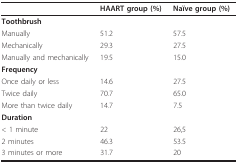
<table><thead><tr><td></td><td><b>HAART group (%)</b></td><td><b>Naïve group (%)</b></td></tr></thead><tbody><tr><td><b>Toothbrush</b></td><td></td><td></td></tr><tr><td>Manually</td><td>51.2</td><td>57.5</td></tr><tr><td>Mechanically</td><td>29.3</td><td>27.5</td></tr><tr><td>Manually and mechanically</td><td>19.5</td><td>15.0</td></tr><tr><td><b>Frequency</b></td><td></td><td></td></tr><tr><td>Once daily or less</td><td>14.6</td><td>27.5</td></tr><tr><td>Twice daily</td><td>70.7</td><td>65.0</td></tr><tr><td>More than twice daily</td><td>14.7</td><td>7.5</td></tr><tr><td><b>Duration</b></td><td></td><td></td></tr><tr><td>&lt; 1 minute</td><td>22</td><td>26,5</td></tr><tr><td>2 minutes</td><td>46.3</td><td>53.5</td></tr><tr><td>3 minutes or more</td><td>31.7</td><td>20</td></tr></tbody></table>